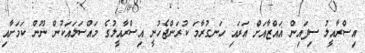
އިސްރާއީލު ސިފައިން ޣައްޒާއަށް އަރައި ހަނގުރާމަ ކުރަންޖެހުނީ އިސްރާއީލުގެ މައްސަލައަކުން ނޫން ކަމަށާއި